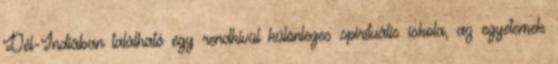
Dél-Indiában található egy rendkívül különleges spirituális iskola, az egyetemek